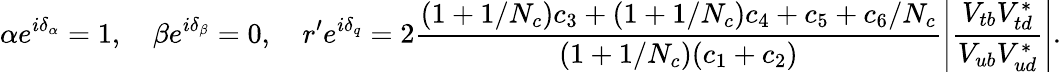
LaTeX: \alpha e^{i\delta_{\alpha}}=1,\quad\beta e^{i\delta_{\beta}}=0,\quad r^{\prime}e^{i\delta_{q}}=2\frac{(1+1/N_{c})c_{3}+(1+1/N_{c})c_{4}+c_{5}+c_{6}/N_{c}}{(1+1/N_{c})(c_{1}+c_{2})}\left|\frac{V_{tb}V_{td}^{*}}{V_{ub}V_{ud}^{*}}\right|.